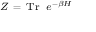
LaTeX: \scriptstyle Z \ = \ \operatorname { T r } \ e ^ { - \beta H }